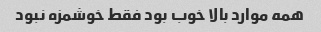
همه موارد بالا خوب بود فقط خوشمزه نبود